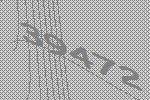
39472